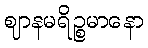
ဈာနမရိဉ္စမာနော